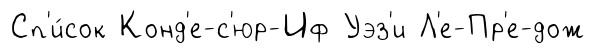
Сп'и́сок Конд'е-с'юр-Иф Уэз'и Л'е-Пр'е-дож